Vabadussoja_Ajaloo_Komitee, lk 37
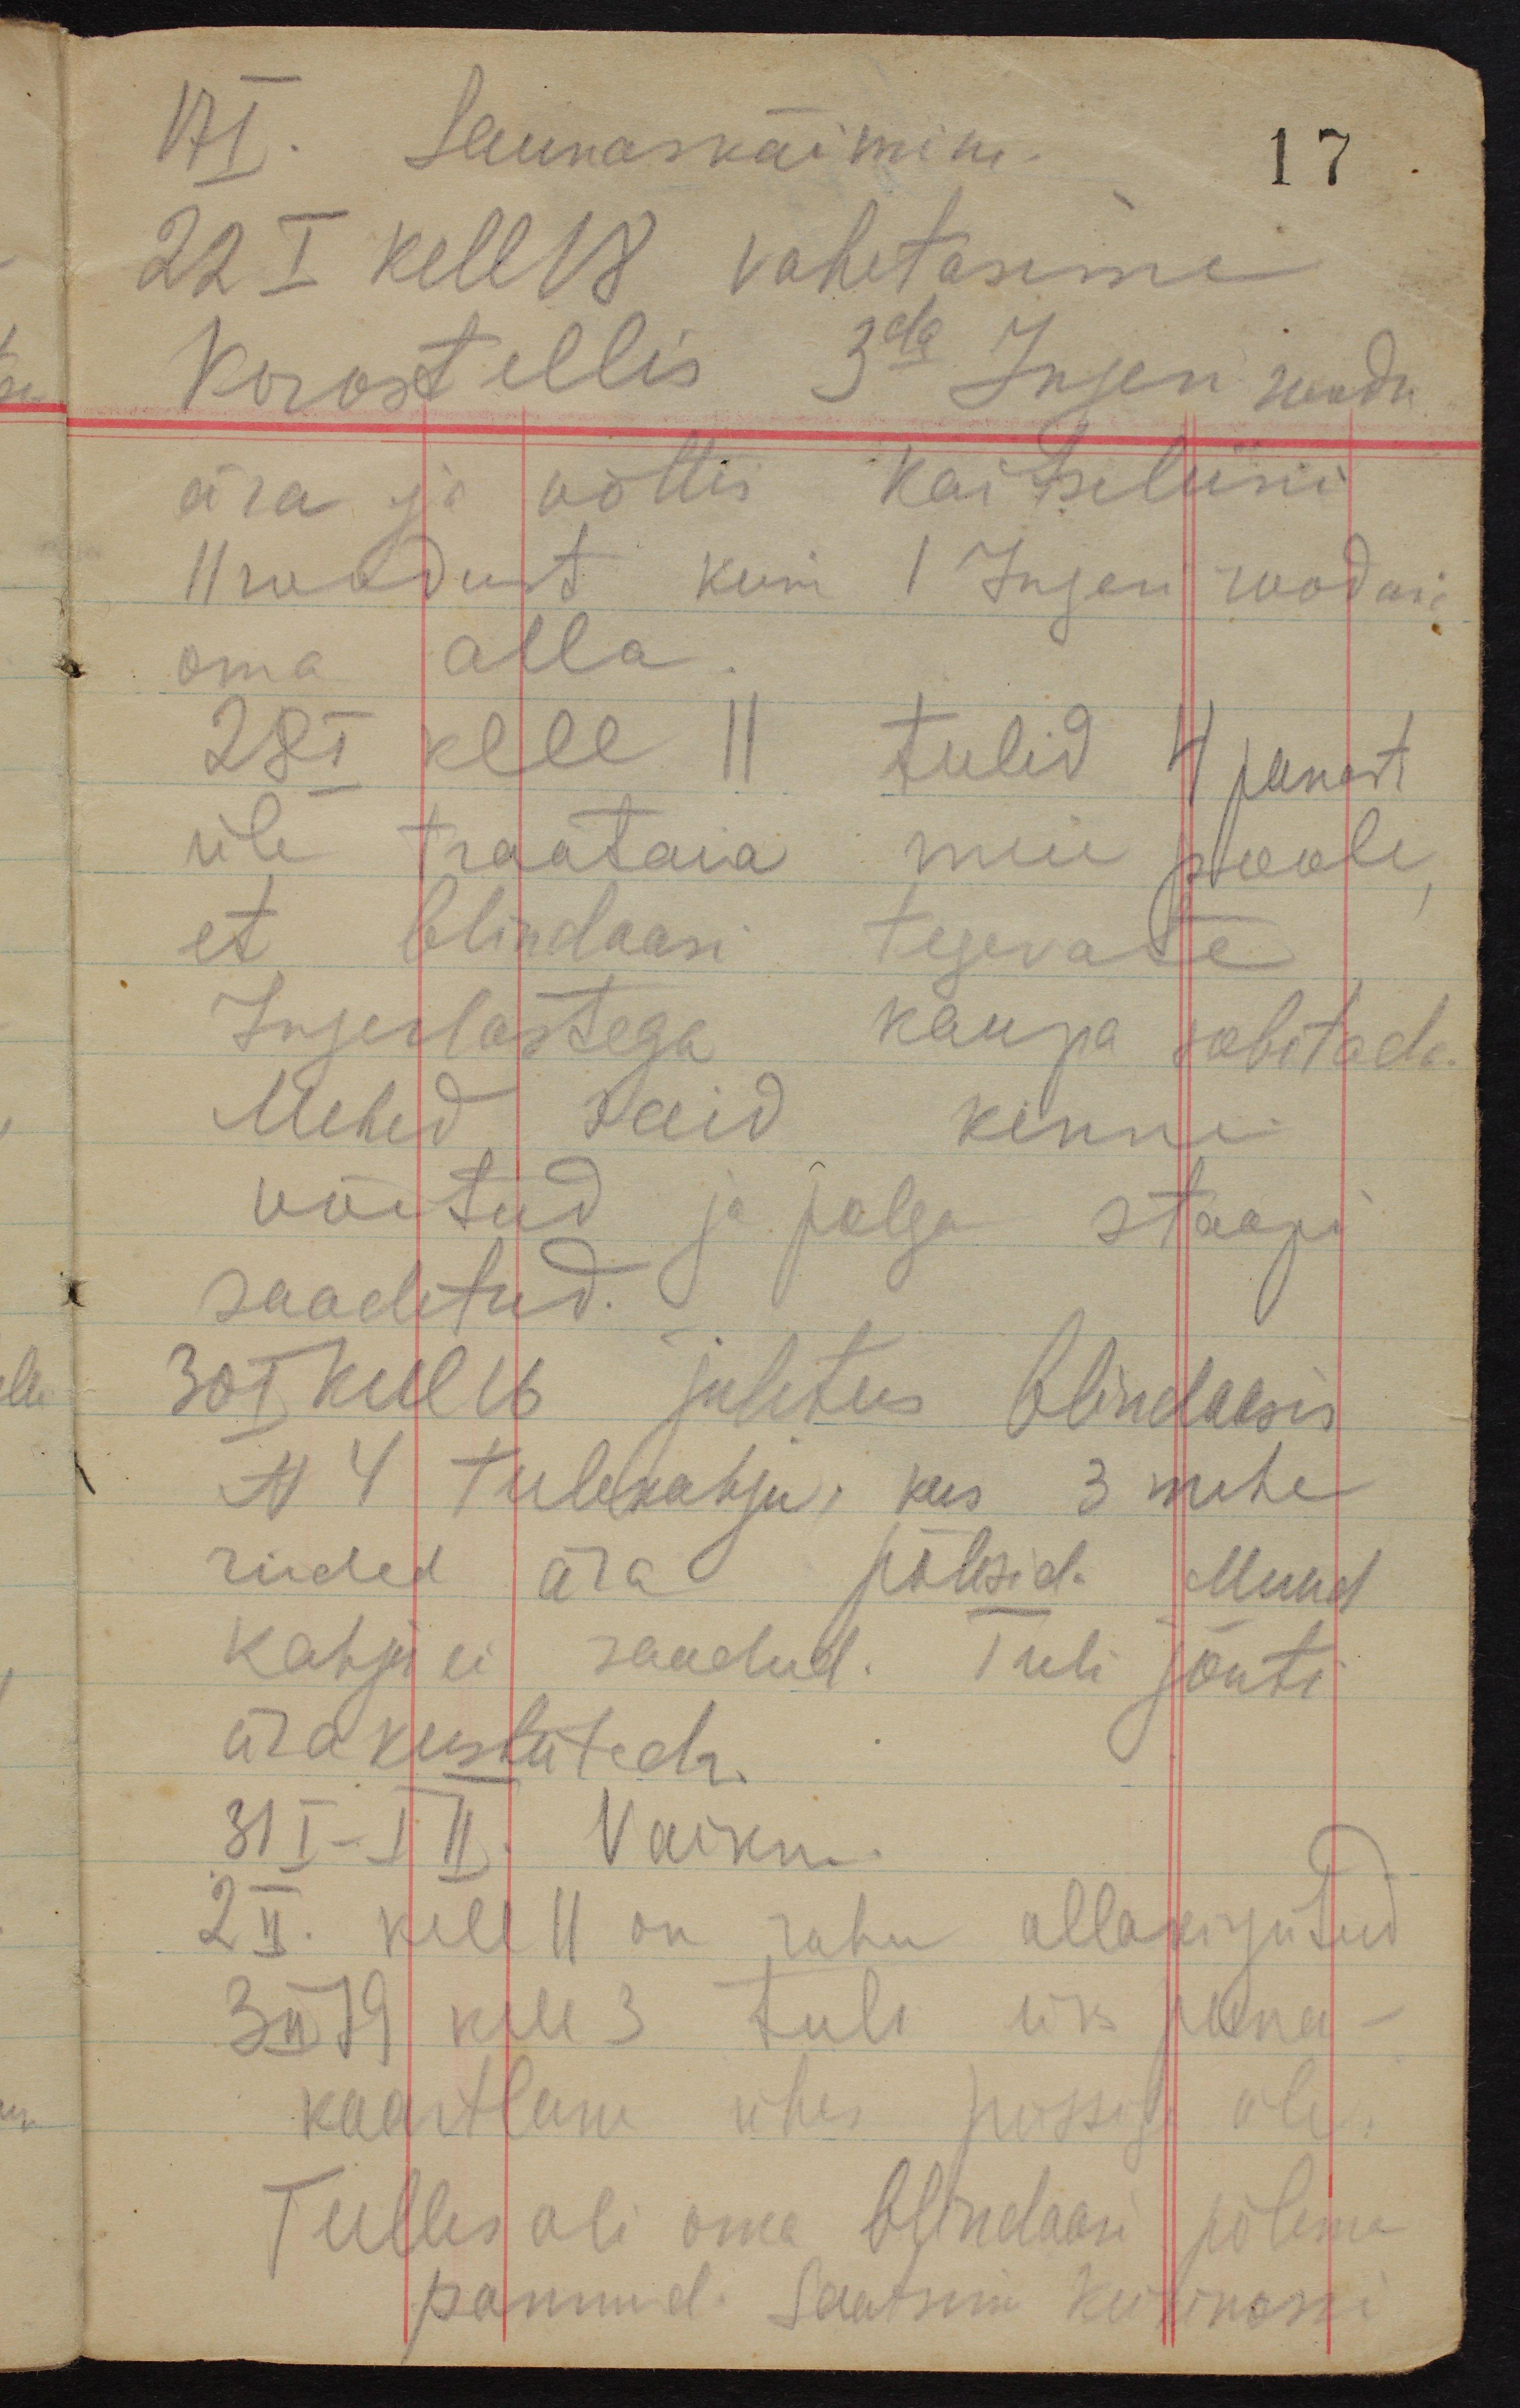
17 I. Saunaskäimine.
17
22 I kell 18 vahetasime
Korostellis 3da Ingeri roodu
ära ja võttis kaitseliini
11 roodust kuni 1 Ingeri rooduni
oma alla.
28 I kell 11 tulid 4 punast
üle traataia meie poole,
et blindaasi tegevate
Ingerlastega kaupa sobitada.
Mehed said kinni
võetud ja polgu staapi
saadetud.
30 I kell 16 juhtus blindaasis
N 4 tulekahju, kus 3 mehe
riided ära põlesid. Muud
kahju ei saadud. Tuli jõuti
ära kustutada.
31 I - I II. Vaikne.
2 II. kell 11 on rahu allakirjutud
3 II 19 kell 3 tuli üks puna-
kaartlane ühes püssiga üle.
Tulles oli oma blindaasi põlema
pannud. Saatsin Keikinosse